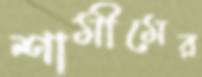
শামীমের